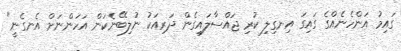
ގައިމު އަންހެނެއްގެ ގައިގަ އިނގިލި ކުރި ޖައްސާލައިގެން ދަރިއަކު ނުލިބޭނެކަން އަހަންނަށް އެނގެނީ"